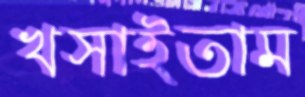
খসাইতাম